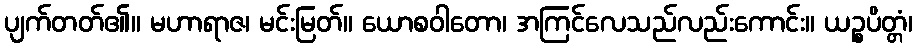
ပျက်တတ်၏။ မဟာရာဇ၊ မင်းမြတ်။ ယောစဝါတော၊ အကြင်လေသည်လည်းကောင်း။ ယဉ္စပိတ္တံ၊